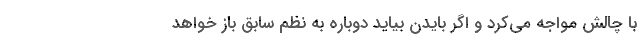
با چالش مواجه می‌کرد و اگر بایدن بیاید دوباره به نظم سابق باز خواهد